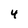
Character: 4